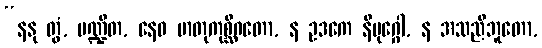
“နနု တွံ, ပဏ္ဍိတ, နေဝ မာတုကုစ္ဆိဂတော, န ဥဒကေ နိမုဂ္ဂေါ, န အသညီဘူတော,